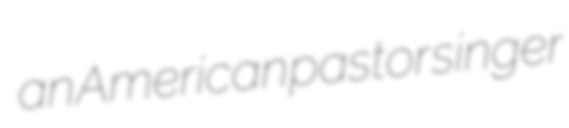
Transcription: an American pastor singer